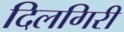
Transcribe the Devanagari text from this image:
दिलगिरी